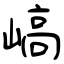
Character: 嵪